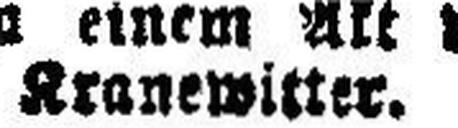
Kranewitter.